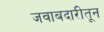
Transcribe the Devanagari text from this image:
जवाबदारीतून